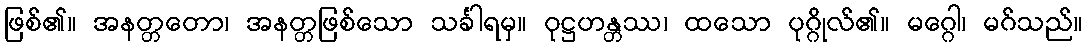
ဖြစ်၏။ အနတ္တတော၊ အနတ္တဖြစ်သော သင်္ခါရမှ။ ဝုဋ္ဌဟန္တဿ၊ ထသော ပုဂ္ဂိုလ်၏။ မဂ္ဂေါ၊ မဂ်သည်။